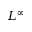
L ^ { \infty }